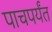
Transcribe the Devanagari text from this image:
पाचपर्यंत